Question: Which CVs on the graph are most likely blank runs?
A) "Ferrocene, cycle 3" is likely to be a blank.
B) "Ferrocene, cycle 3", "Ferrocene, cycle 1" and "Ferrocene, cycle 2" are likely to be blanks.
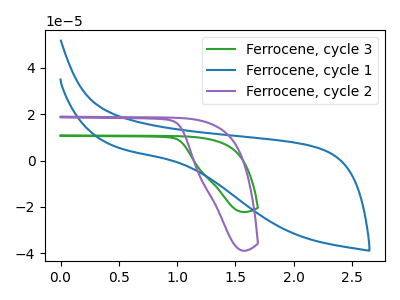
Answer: <think>The green curve "Ferrocene, cycle 3" has no peaks. The blue curve "Ferrocene, cycle 1" has no peaks. The purple curve "Ferrocene, cycle 2" has no peaks.</think>
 <answer>B) "Ferrocene, cycle 3", "Ferrocene, cycle 1" and "Ferrocene, cycle 2" are likely to be blanks.</answer>
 <eval>B</eval>